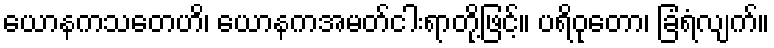
ယောနကသတေဟိ၊ ယောနကအမတ်ငါးရာတို့ဖြင့်။ ပရိဝုတော၊ ခြံရံလျက်။